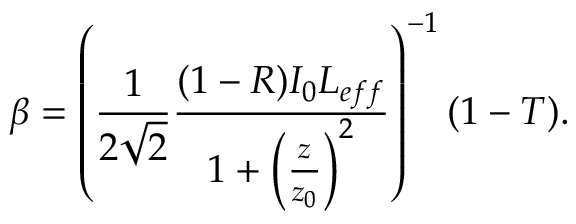
\beta = \left( \frac { 1 } { 2 \sqrt { 2 } } \frac { ( 1 - R ) I _ { 0 } L _ { e f f } } { 1 + \left( \frac { z } { z _ { 0 } } \right) ^ { 2 } } \right) ^ { - 1 } ( 1 - T ) .